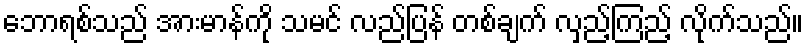
ဘောရစ်သည် အားမာန်ကို သမင် လည်ပြန် တစ်ချက် လှည့်ကြည့် လိုက်သည်။